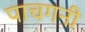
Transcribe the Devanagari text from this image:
पाचगनी